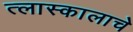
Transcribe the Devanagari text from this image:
त्लास्कालाचे